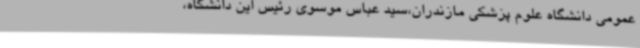
عمومی دانشگاه علوم پزشکی مازندران،سید عباس موسوی رئیس این دانشگاه،